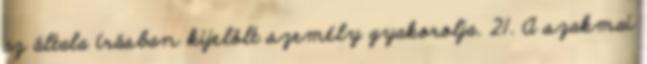
az általa írásban kijelölt személy gyakorolja. 21. A szakmai